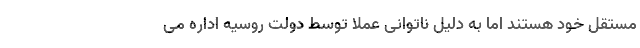
مستقل خود هستند اما به دلیل ناتوانی عملا توسط دولت روسیه اداره می